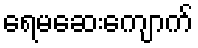
ရေမဆေးကျောက်